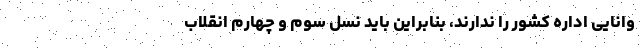
وانایی اداره کشور را ندارند، بنابراین باید نسل سوم و چهارم انقلاب